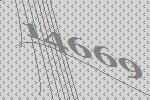
14669